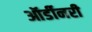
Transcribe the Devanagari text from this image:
ऑर्डीनरी